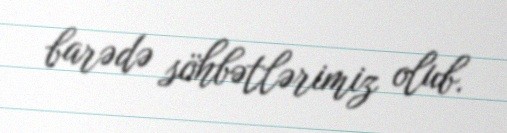
barədə söhbətlərimiz olub.